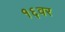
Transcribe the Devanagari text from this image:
१६वर